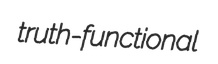
truth-functional